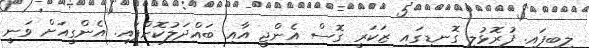
ލިބިފައި. ފުރޮޅުލީ ގޮނޑިގައި ޒަކަރީ ގޮސް އެންޖީ އާއި ބައްދަލުކޮށްފައި. އެންގީއަށް ވަނީ